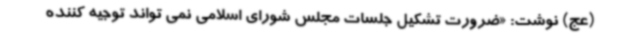
(عج) نوشت: «ضرورت تشکیل جلسات مجلس شورای اسلامی نمی تواند توجیه کننده